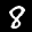
Label: 8